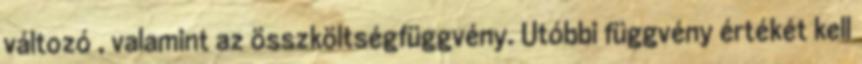
változó , valamint az összköltségfüggvény. Utóbbi függvény értékét kell